Vaccination in the Punjab 1905-1918 - 1905-1918
Year: 1905
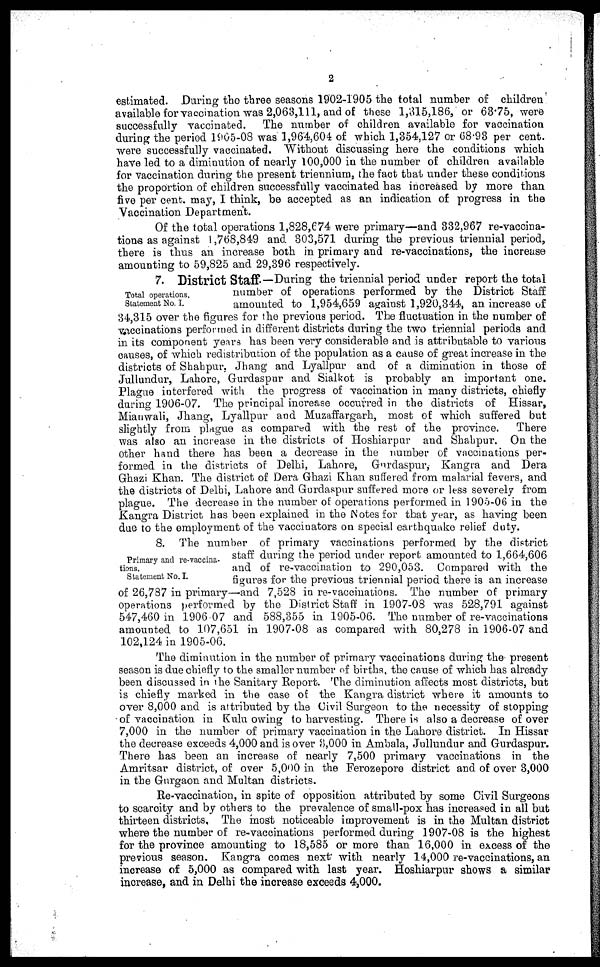
2
estimated. During the three seasons 1902-1905 the total number of children
available for vaccination was 2,063,111, and of these 1,315,186, or 63.75, were
successfully vaccinated. The number of children available for vaccination
during the period 1905-08 was 1,964,604 of which 1,354,127 or 68.93 per cent.
were successfully vaccinated. Without discussing here the conditions which
have led to a diminution of nearly 100,000 in the number of children available
for vaccination during the present triennium, the fact that under these conditions
the proportion of children successfully vaccinated has increased by more than
five per cent. may, I think, be accepted as an indication of progress in the
Vaccination Department.
Of the total operations 1,828,674 were primary—and 332,967 re-vaccina-
tions as against 1 ,768,849 and 303,571 during the previous triennial period,
there is thus an increase both in primary and re-vaccinations, the increase
amounting to 59,825 and 29,396 respectively.
Total operations.
Statement No. I.
7. District Staff.—During the triennial period under report the total
number of operations performed by the District Staff
amounted to 1,954,659 against 1,920,344, an increase of
34,315 over the figures for the previous period. The fluctuation in the number of
vaccinations performed in different districts during the two triennial periods and
in its component years has been very considerable and is attributable to various
causes, of which redistribution of the population as a cause of great increase in the
districts of Shahpur, Jhang and Lyallpur and of a diminution in those of
Jullundur, Lahore, Gurdaspur and Sialkot is probably an important one.
Plague interfered with the progress of vaccination in many districts, chiefly
during 1906-07. The principal increase occurred in the districts of Hissar,
Mianwali, Jhang, Lyallpur and Muzaffargarh, most of which suffered but
slightly from plague as compared with the rest of the province. There
was also an increase in the districts of Hoshiarpur and Shahpur. On the
other hand there has been a decrease in the number of vaccinations per-
formed in the districts of Delhi, Lahore, Gurdaspur, Kangra and Dera
Ghazi Khan. The district of Dera Ghazi Khan suffered from malarial fevers, and
the districts of Delhi, Lahore and Gurdaspur suffered more or less severely from
plague. The decrease in the number of operations performed in 1905-06 in the
Kangra District has been explained in the Notes for that year, as having been
due to the employment of the vaccinators on special earthquake relief duty.
Primary and re-vaccina-
tions.
Statement No. I.
8. The number of primary vaccinations performed by the district
staff during the period under report amounted to 1,664,606
and of re-vaccination to 290,053. Compared with the
figures for the previous triennial period there is an increase
of 26,787 in primary—and 7,528 in re-vaccinations. The number of primary
operations performed by the District Staff in 1907-08 was 528,791 against
547,460 in 1906 07 and 588,355 in 1905-06. The number of re-vaccinations
amounted to 107,651 in 1907-08 as compared with 80,278 in 1906-07 and
102,124 in 1905-06.
The diminution in the number of primary vaccinations during the present
season is due chiefly to the smaller number of births, the cause of which has already
been discussed in the Sanitary Report. The diminution affects most districts, but
is chiefly marked in the case of the Kangra district where it amounts to
over 8,000 and is attributed by the Civil Surgeon to the necessity of stopping
of vaccination in Kulu owing to harvesting. There is also a decrease of over
7,000 in the number of primary vaccination in the Lahore district. In Hissar
the decrease exceeds 4,000 and is over 3,000 in Ambala, Jullundur and Gurdaspur.
There has been an increase of nearly 7,500 primary vaccinations in the
Amritsar district, of over 5,000 in the Ferozepore district and of over 3,000
in the Gurgaon and Multan districts.
Re-vaccination, in spite of opposition attributed by some Civil Surgeons
to scarcity and by others to the prevalence of small-pox has increased in all but
thirteen districts. The most noticeable improvement is in the Multan district
where the number of re-vaccinations performed during 1907-08 is the highest
for the province amounting to 18,585 or more than 16,000 in excess of the
previous season. Kangra comes next with nearly 14,000 re-vaccinations, an
increase of 5,000 as compared with last year. Hoshiarpur shows a similar
increase, and in Delhi the increase exceeds 4,000.